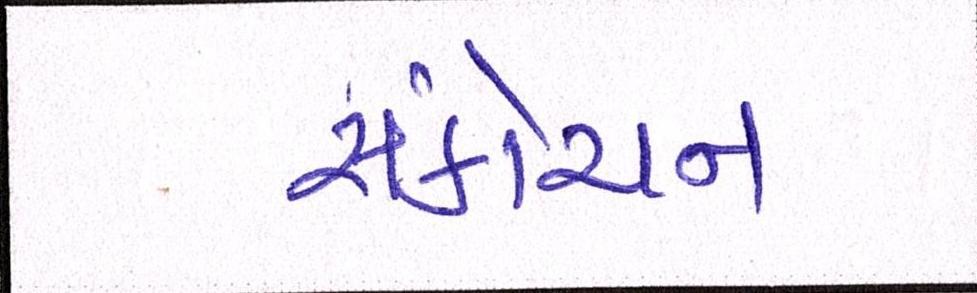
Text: સંકોચન